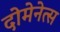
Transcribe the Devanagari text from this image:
दोमेनेत्स